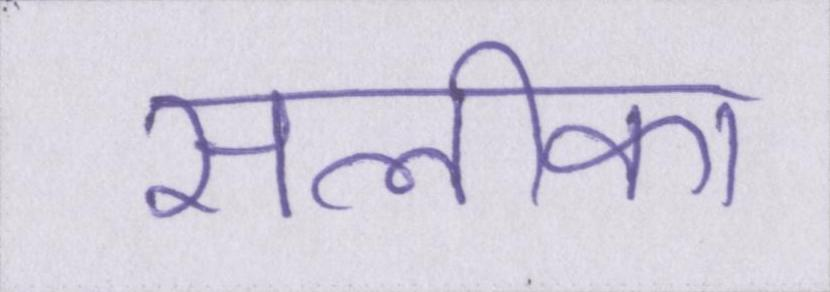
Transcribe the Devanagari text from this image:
सलीका